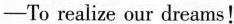
——To realize our dreams!